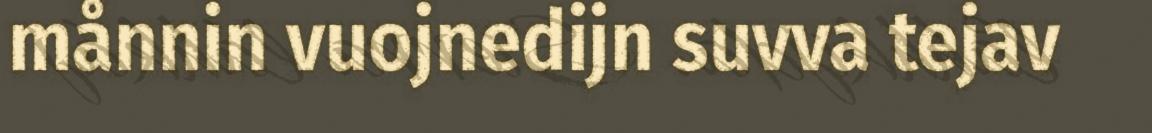
månnin vuojnedijn suvva tejav